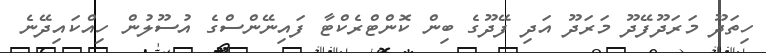
ހިތަދޫ މަރަދޫފޭދޫ މަރަދޫ އަދި ފޭދޫގެ ބިން ކޮންޓްރެކްޓާ ފައިނޭންސްގެ އުސޫލުން ހިއްކައިދޭނެ